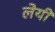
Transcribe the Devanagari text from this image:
लेयी